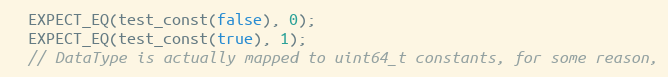
Language: C++
  EXPECT_EQ(test_const(false), 0);
  EXPECT_EQ(test_const(true), 1);
  // DataType is actually mapped to uint64_t constants, for some reason,